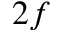
2 f